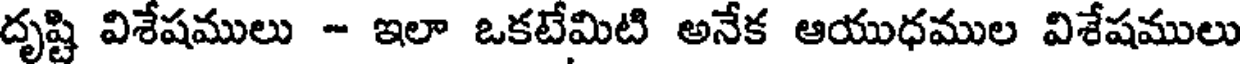
దృష్టి విశేషములు - ఇలా ఒకటేమిటి అనేక ఆయుధముల విశేషములు